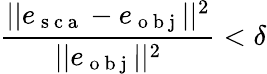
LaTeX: \frac{||e_{\mathrm{~s~c~a~}}-e_{\mathrm{~o~b~j~}}||^{2}}{||e_{\mathrm{~o~b~j~}}||^{2}}<\delta